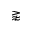
\gnapprox